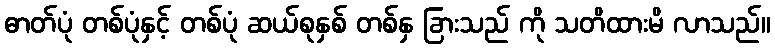
ဓာတ်ပုံ တစ်ပုံနှင့် တစ်ပုံ ဆယ်စုနှစ် တစ်နှ ခြားသည် ကို သတိထားမိ လာသည်။